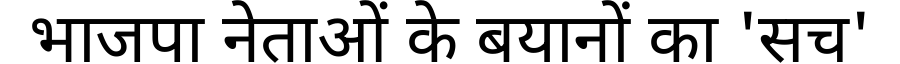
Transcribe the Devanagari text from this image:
भाजपा नेताओं के बयानों का 'सच'